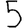
Digit: 5